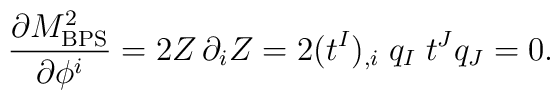
{\partial M^2_{\rm BPS}\over \partial \phi^i}   = 2 Z \, \partial_i Z = 2(t^I)_{,i} \; q_I  \; t^J  q_J =0.